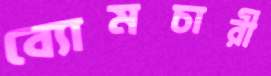
ব্যোমচারী